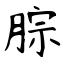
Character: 腙